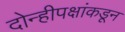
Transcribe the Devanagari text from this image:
दोन्हीपक्षांकडून